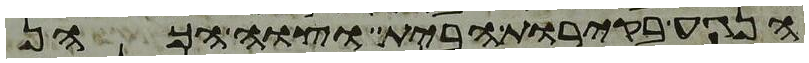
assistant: הנגע בקירות הבית וצוה הכהן